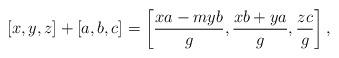
LaTeX: \begin{align*}[x,y,z] + [a,b,c] =\left [\dfrac{xa - myb}{g}, \dfrac{xb+ya}{g}, \dfrac{zc}{g} \right],\end{align*}